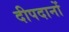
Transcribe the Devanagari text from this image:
दीपदानों